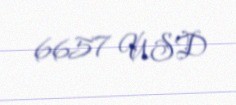
6657 USD